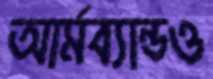
আর্মব্যান্ডও